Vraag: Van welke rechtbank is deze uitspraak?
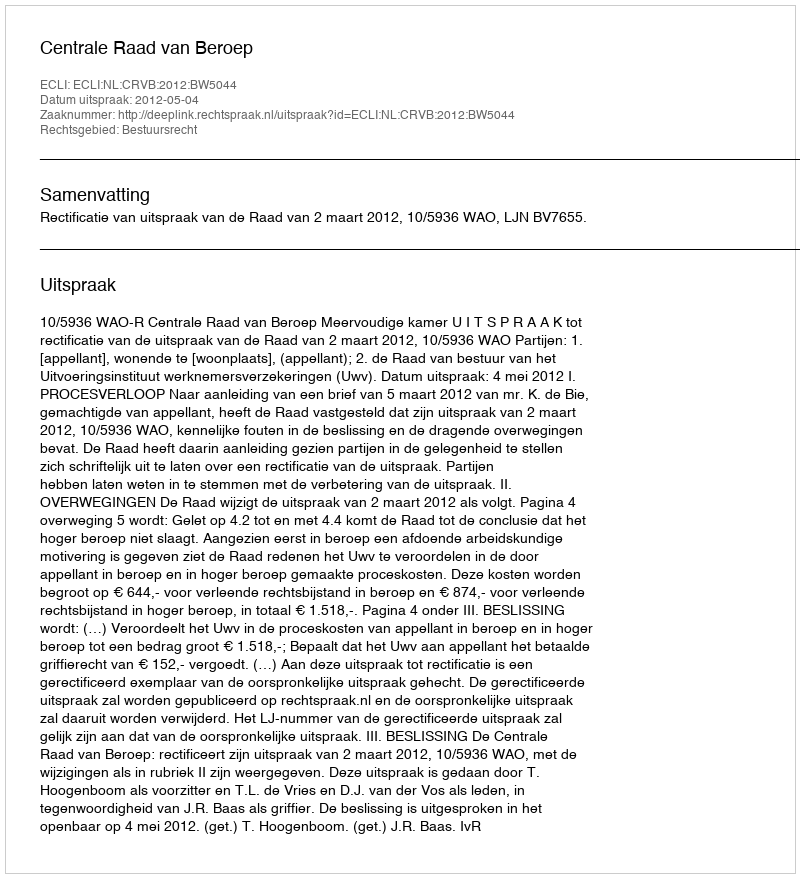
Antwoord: Centrale Raad van Beroep